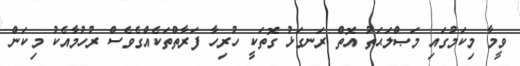
ވީމާ މިކަމުގައި މަޞްލަޙަތު އޮތް ރަނގަޅު ގޮތަކީ ހުރިހާ ފަރާތްތަކެއްގެވެސް ރުހުމާއެކު މިކަން